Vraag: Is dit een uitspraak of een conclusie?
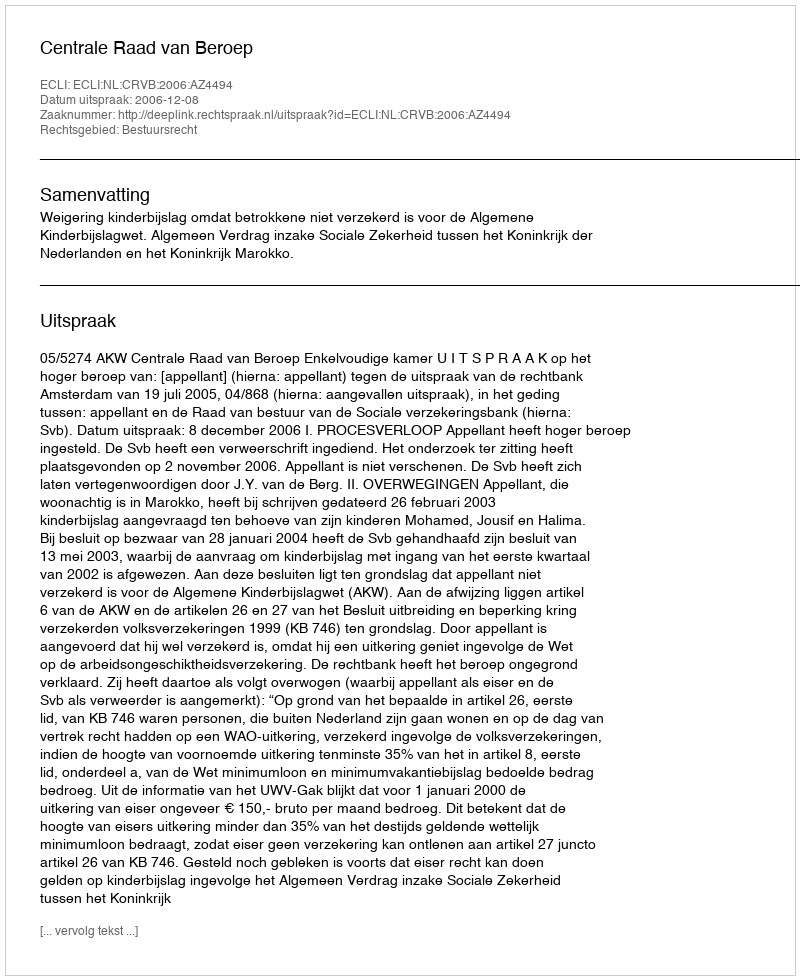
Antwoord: Uitspraak